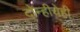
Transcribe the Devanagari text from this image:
दोन्हीचेही